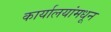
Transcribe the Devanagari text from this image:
कार्यालयांमधून